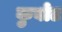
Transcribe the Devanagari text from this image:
कुबोट